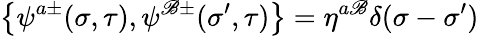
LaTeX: \left\{ \psi^{a\pm}(\sigma,\tau),\psi^{\mathscr{B}\pm}({\sigma}^{\prime},\tau)\right\} =\eta^{a\mathscr{B}}\delta(\sigma-{\sigma}^{\prime})